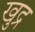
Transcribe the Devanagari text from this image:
खुद्र